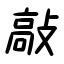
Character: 敲